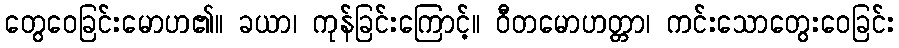
တွေဝေခြင်းမောဟ၏။ ခယာ၊ ကုန်ခြင်းကြောင့်။ ဝီတမောဟတ္တာ၊ ကင်းသောတွေးဝေခြင်း